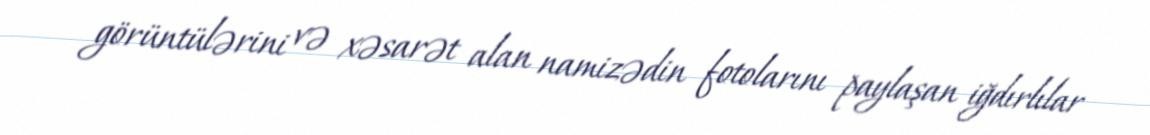
görüntülərini və xəsarət alan namizədin fotolarını paylaşan iğdırlılar